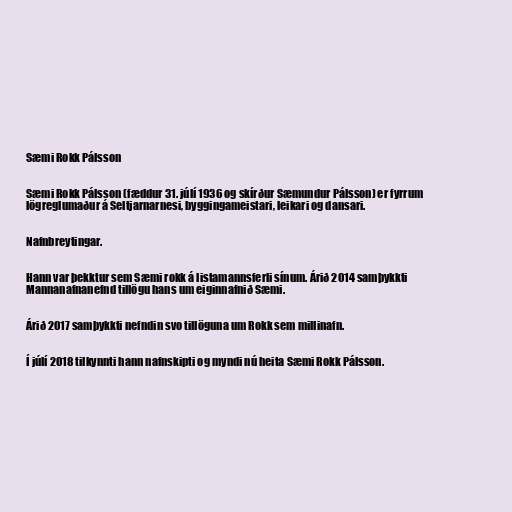
Sæmi Rokk Pálsson

Sæmi Rokk Pálsson (fæddur 31. júlí 1936 og skírður Sæmundur Pálsson) er fyrrum
lögreglumaður á Seltjarnarnesi, byggingameistari, leikari og dansari.

Nafnbreytingar.

Hann var þekktur sem Sæmi rokk á listamannsferli sínum. Árið 2014 samþykkti
Mannanafnanefnd tillögu hans um eiginnafnið Sæmi.

Árið 2017 samþykkti nefndin svo tillöguna um Rokk sem millinafn.

Í júlí 2018 tilkynnti hann nafnskipti og myndi nú heita Sæmi Rokk Pálsson.